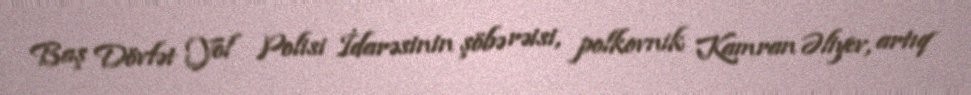
Baş Dövlət Yol Polisi İdarəsinin şöbə rəisi, polkovnik Kamran Əliyev, artıq